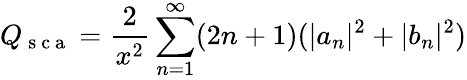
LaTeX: Q_{\mathrm{~s~c~a~}}=\frac{2}{x^{2}}\sum_{n=1}^{\infty}(2n+1)(\lvert a_{n}\rvert^{2}+\lvert b_{n}\rvert^{2})